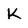
Character: K